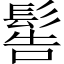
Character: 䯻